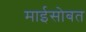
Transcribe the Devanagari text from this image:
माईसोबत